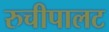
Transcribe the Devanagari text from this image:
रुचीपालट